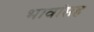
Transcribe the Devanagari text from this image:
भावांसह